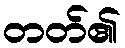
တတ်၏